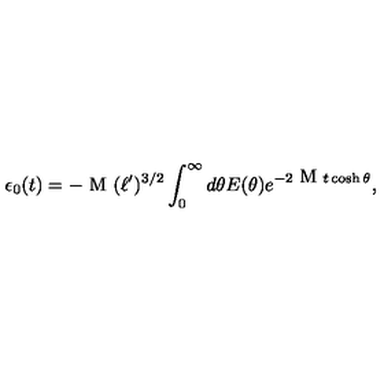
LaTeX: \epsilon _ { 0 } ( t ) = - \textrm { M } ( \ell ^ { \prime } ) ^ { 3 / 2 } \int _ { 0 } ^ { \infty } d \theta E ( \theta ) e ^ { - 2 \textrm { M } t \cosh \theta } ,